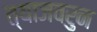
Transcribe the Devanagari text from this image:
त्याजवरुन